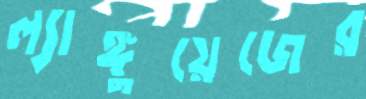
ল্যাঙ্গুয়েজের